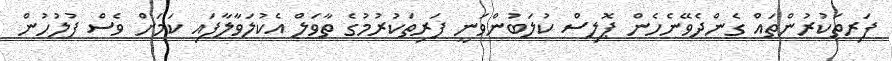
ފަރިތަކުރުންތައް ގެންދެވޭނެހެން ޕޮލިސް ކުލަބުންވަނީ ފަރިތަކުރުމުގެ ތާވަލް އެކުލަވާލާފައި ކަމަށް ވެސް ފުލުހުން